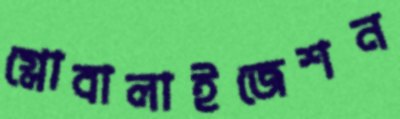
গ্লোবালাইজেশন